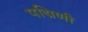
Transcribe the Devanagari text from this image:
पद्मिणी